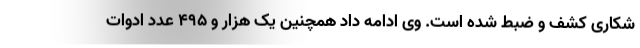
شکاری کشف و ضبط شده است. وی ادامه داد همچنین یک هزار و 495 عدد ادوات